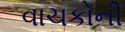
વાચકોની